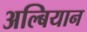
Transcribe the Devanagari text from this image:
अल्बियान